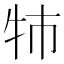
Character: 㸬